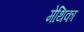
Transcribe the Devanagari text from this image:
मेथिका